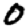
Digit: 0